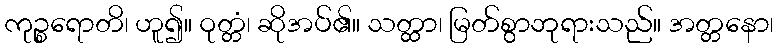
ကုဉ္စရောတိ၊ ဟူ၍။ ဝုတ္တံ၊ ဆိုအပ်၏။ သတ္ထာ၊ မြတ်စွာဘုရားသည်။ အတ္တနော၊